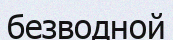
безводной